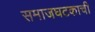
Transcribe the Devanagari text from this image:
समाजघटकाची